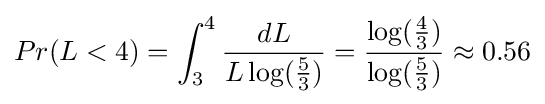
Pr(L<4)=\int _{3}^{4}{dL \over L\log({5 \over 3})}={\log({4 \over 3}) \over \log({5 \over 3})}\approx 0.56